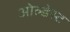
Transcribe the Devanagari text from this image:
ओल्डेस्ट